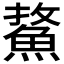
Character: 𩷢